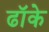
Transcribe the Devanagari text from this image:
ढॉके